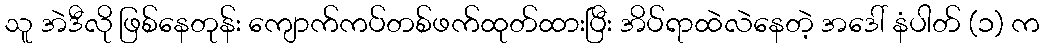
သူ အဲဒီလို ဖြစ်နေတုန်း ကျောက်ကပ်တစ်ဖက်ထုတ်ထားပြီး အိပ်ရာထဲလဲနေတဲ့ အဒေါ် နံပါတ် (၁) က